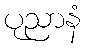
ပုညာနံ